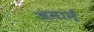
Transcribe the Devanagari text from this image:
जमानें